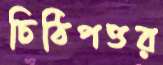
চিঠিপত্তর